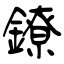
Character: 鐐